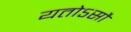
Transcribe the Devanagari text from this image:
यतोऽसौ